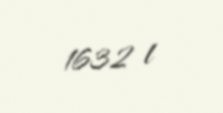
1632 l